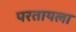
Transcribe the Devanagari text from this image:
परतायला